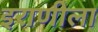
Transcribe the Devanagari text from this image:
इराणीला